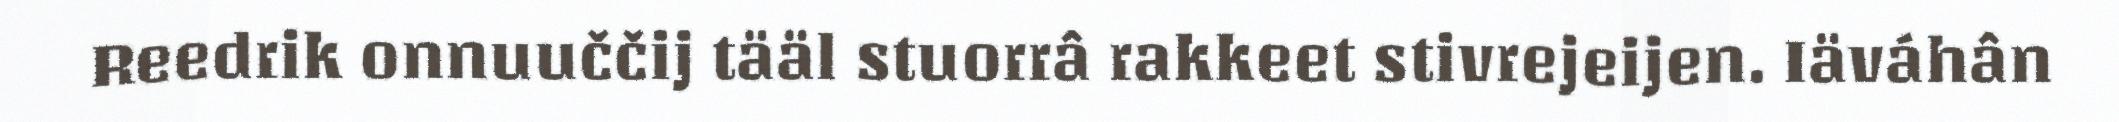
Reedrik onnuuččij tääl stuorrâ rakkeet stivrejeijen. Iäváhân